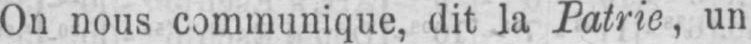
On nous communique, dit la Patrie, un